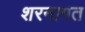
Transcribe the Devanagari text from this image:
शरनागत